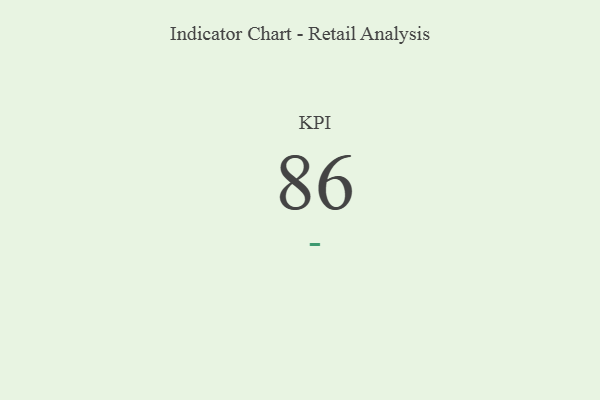
{"axis": {"x": "KPI", "y": "Value"}, "legend": [""], "data": [{"x": "KPI", "y": 86, "type": ""}]}